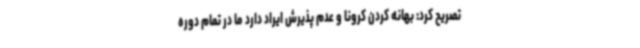
تصریح کرد: بهانه کردن کرونا و عدم پذیرش ایراد دارد ما در تمام دوره